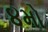
૪મો